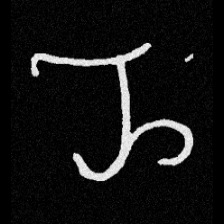
Pyu character \u2014 Myanmar letter: ည (romanized: nya)